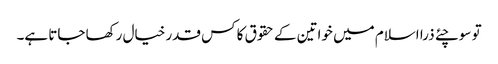
تو سوچئے ذرا اسلام میں خواتین کے حقوق کا کس قدر خیال رکھا جاتا ہے۔